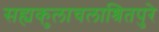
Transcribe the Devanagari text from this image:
सह्यकुलाचलाश्रितपुरे